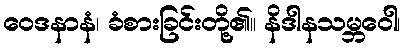
ဝေဒနာနံ၊ ခံစားခြင်းတို့၏။ နိဒါနသမ္ဘဝေါ၊